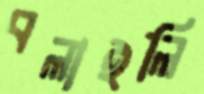
বলাইলি